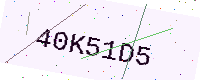
Text: 40K51D5